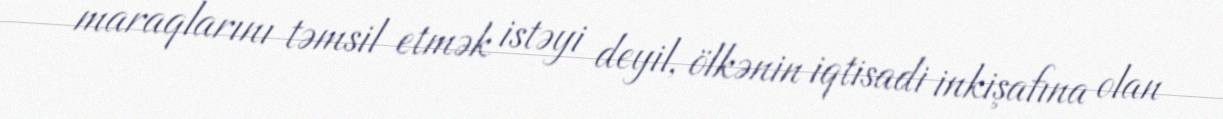
maraqlarını təmsil etmək istəyi deyil, ölkənin iqtisadi inkişafına olan